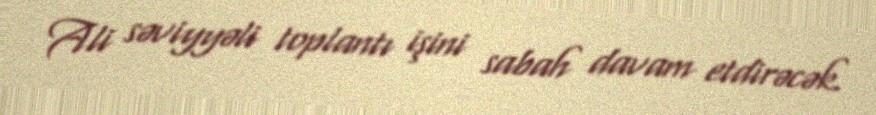
Ali səviyyəli toplantı işini sabah davam etdirəcək.